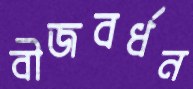
বীজবর্ধন